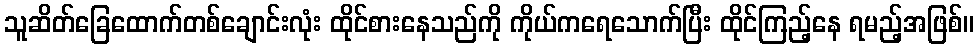
သူဆိတ်ခြေထောက်တစ်ချောင်းလုံး ထိုင်စားနေသည်ကို ကိုယ်ကရေသောက်ပြီး ထိုင်ကြည့်နေ ရမည့်အဖြစ်။